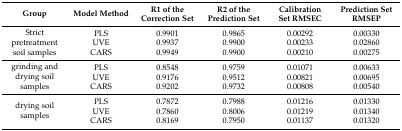
<table><thead><tr><td><b>Group </b></td><td><b>Model Method</b></td><td><b>R1 of the Correction Set</b></td><td><b>R2 of the Prediction Set</b></td><td><b>Calibration Set RMSEC</b></td><td><b>Prediction Set RMSEP</b></td></tr></thead><tbody><tr><td rowspan="3">Strict pretreatment soil samples</td><td>PLS</td><td>0.9901</td><td>0.9865</td><td>0.00292</td><td>0.00330</td></tr><tr><td>UVE</td><td>0.9937</td><td>0.9900</td><td>0.00233</td><td>0.02860</td></tr><tr><td>CARS</td><td>0.9949</td><td>0.9900</td><td>0.00210</td><td>0.00275</td></tr><tr><td rowspan="3">grinding and drying soil samples</td><td>PLS</td><td>0.8548</td><td>0.9759</td><td>0.01071</td><td>0.00633</td></tr><tr><td>UVE</td><td>0.9176</td><td>0.9512</td><td>0.00821</td><td>0.00695</td></tr><tr><td>CARS</td><td>0.9202</td><td>0.9732</td><td>0.00808</td><td>0.00540</td></tr><tr><td rowspan="3">drying soil samples</td><td>PLS</td><td>0.7872</td><td>0.7988</td><td>0.01216</td><td>0.01330</td></tr><tr><td>UVE</td><td>0.7860</td><td>0.8006</td><td>0.01219</td><td>0.01340</td></tr><tr><td>CARS</td><td>0.8169</td><td>0.7950</td><td>0.01137</td><td>0.01320</td></tr></tbody></table>